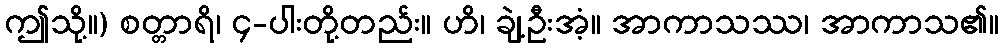
ဤသို့။) စတ္တာရိ၊ ၄-ပါးတို့တည်း။ ဟိ၊ ချဲ့ဦးအံ့။ အာကာသဿ၊ အာကာသ၏။